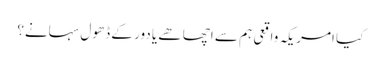
کیا امریکہ واقعی ہم سے اچھا ھے یا دور کے ڈھول سہانے؟